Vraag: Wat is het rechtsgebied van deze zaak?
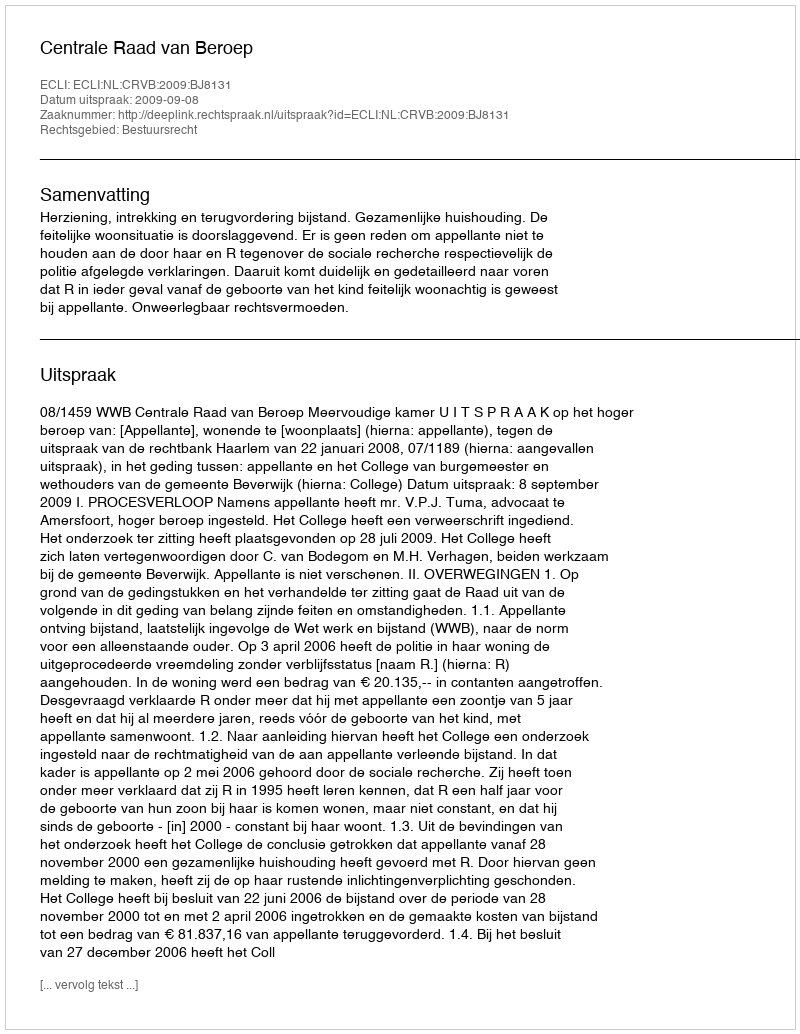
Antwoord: Bestuursrecht